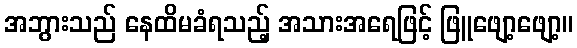
အဘွားသည် နေထိမခံရသည့် အသားအရေဖြင့် ဖြူဖျော့ဖျော့။